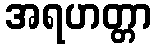
အရဟတ္တာ